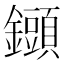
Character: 𨯲